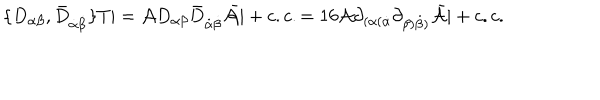
\{ D _ { \alpha \beta } , { \bar { D } } _ { \dot { \alpha } \dot { \beta } } \} T | = { \cal A } D _ { \alpha \beta } { \bar { D } } _ { \dot { \alpha } \dot { \beta } } { \bar { \cal A } } | + c . c . = 1 6 { \cal A } \partial _ { ( \alpha ( \dot { \alpha } } \partial _ { \beta ) \dot { \beta } ) } { \bar { \cal A } } | + c . c .